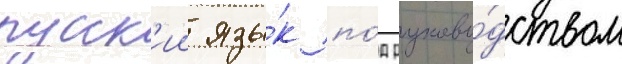
русск'ии язы́к по́д руково́дством